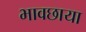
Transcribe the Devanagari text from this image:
भावछाया